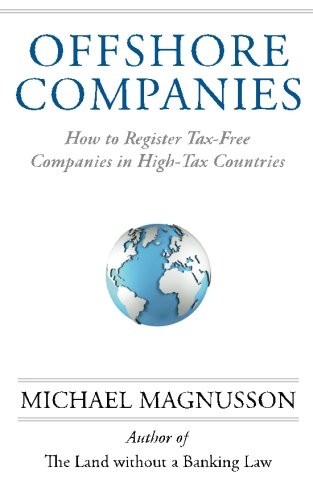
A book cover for Offshore Companies: How To Register Tax-Free Companies in High-Tax Countries; Michael Magnusson; Law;